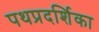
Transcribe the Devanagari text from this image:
पथप्रदर्शिका